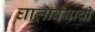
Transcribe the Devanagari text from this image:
घालावयाची